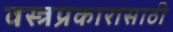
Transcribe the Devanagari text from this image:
वस्त्रप्रकारासाठी